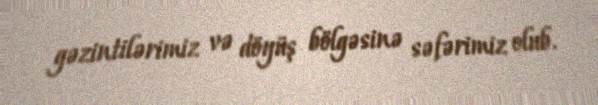
gəzintilərimiz və döyüş bölgəsinə səfərimiz olub.